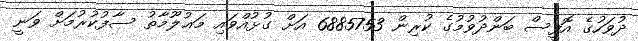
ދުވަހުގެ އޮފީސް ބަންދުވުމުގެ ކުރިން 6885753 އަށް ގުޅުއްވައި މަޢުލޫމާތު ސާފުކުރުމަށް ވަނީ